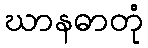
ဃာနဓာတုံ